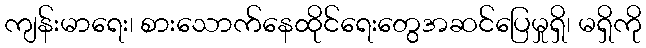
ကျန်းမာရေး၊ စားသောက်နေထိုင်ရေးတွေအဆင်ပြေမှုရှိ၊ မရှိကို